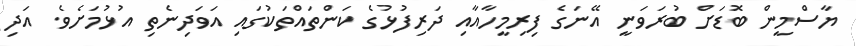
ޔާސްމީން ބޮޑަށް ބުރަވަނީ އޭނަގެ ފިރިމީހާއާއި ދަރިފުޅުގެ ކަންތައްތަކުގައި އަވަދިނެތި އުޅުމަށެވެ. އަދި